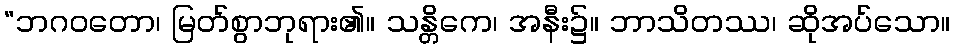
“ဘဂဝတော၊ မြတ်စွာဘုရား၏။ သန္တိကေ၊ အနီး၌။ ဘာသိတဿ၊ ဆိုအပ်သော။